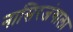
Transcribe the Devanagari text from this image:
नासिरजंगाला